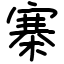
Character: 寨